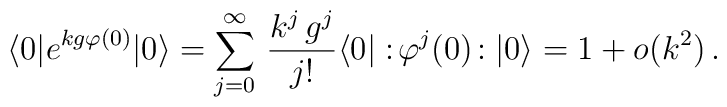
\langle 0| e^{kg\varphi(0)} |0 \rangle = \sum_{j=0}^{\infty} \, \frac{k^j\,g^j}{j!}\langle 0| :\!\varphi^j(0)\!: |0 \rangle = 1 + o(k^2) \, .